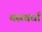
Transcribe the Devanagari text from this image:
वस्त्वर्धा